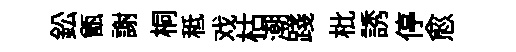
鈆甑謝桐秪戏枯潮踐枇誘停愈